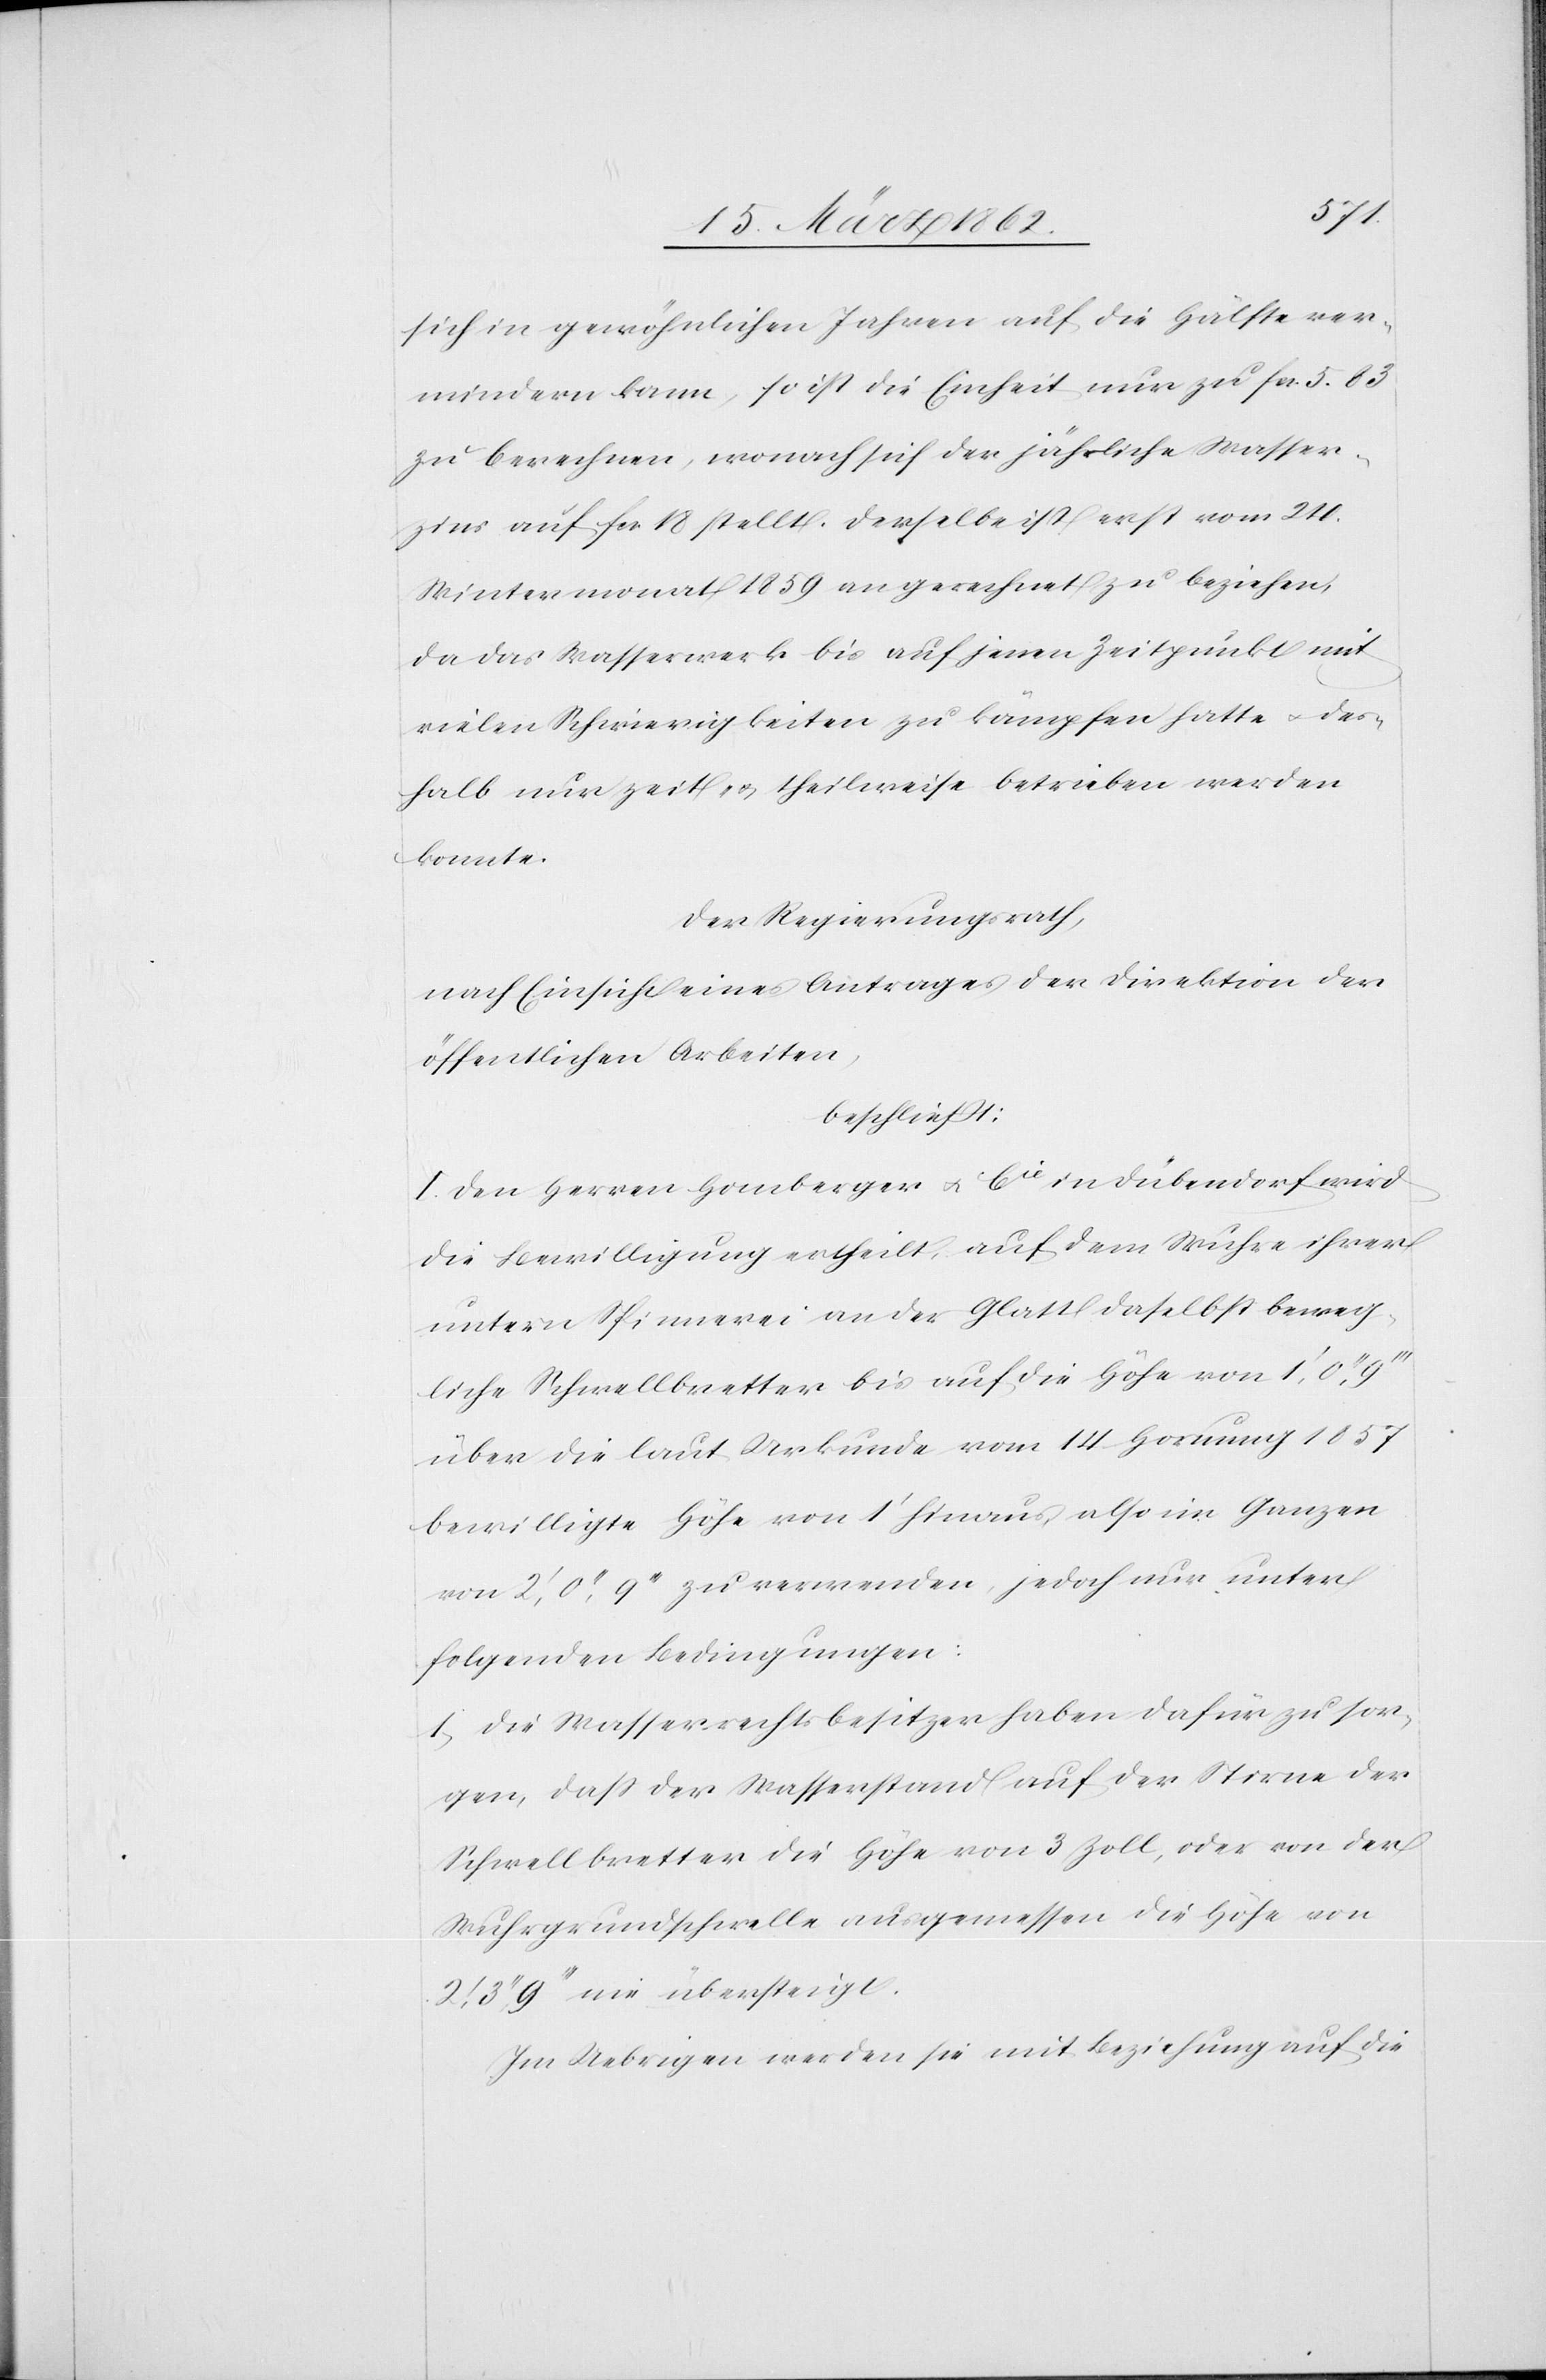
sich in gewöhnlichen Jahren auf die Hälfte ver¬
mindern kann, so ist die Einheit nur zu fcs. 5.83
zu berechnen, wonach sich der jährliche Wasser¬
zins auf fcs. 18 stellt. Derselbe ist erst vom 24.
Wintermonat 1859 an gerechnet zu beziehen,
da das Wasserwerk bis auf jenen Zeitpunkt mit
vielen Schwierigkeiten zu kämpfen hatte u. des¬
halb nur zeit- & theilweise betrieben werden
konnte.
Der Regierungsrath,
nach Einsicht eines Antrages der Direktion der
öffentlichen Arbeiten,
beschließt:
I. Den Herren Homberger u. Cie in Dübendorf wird
die Bewilligung ertheilt, auf dem Wuhre ihrer
untern Spinnerei an der Glatt daselbst beweg¬
liche Schwellbretter bis auf die Höhe von 1 ’, 0 ’’,
über die laut Urkunde vom 13 Hornung 1857
bewilligte Höhe von 1 ’ hinaus, also im Ganzen
von 2 ’, 0 ’’, 9 ’’’ zu verwenden, jedoch nur unter
folgenden Bedingungen:
1) Die Wasserrechtsbesitzer haben dafür zu sor¬
gen, daß der Wasserstand auf der Stirne der
Schwellbretter die Höhe von 3 Zoll, oder von der
Wuhrgrundschwelle aus gemessen die Höhe von
3 ’’, 9 ’’’ nie übersteigt.
Im Uebrigen werden sie mit Beziehung auf die